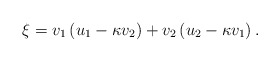
\begin{align*}\xi = v_1 \left( u_1 - \kappa v_2 \right) + v_2 \left( u_2 -\kappa v_1 \right).\end{align*}